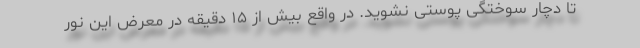
تا دچار سوختگی پوستی نشوید. در واقع بیش از ۱۵ دقیقه در معرض این نور